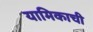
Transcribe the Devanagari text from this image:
यामिकाची